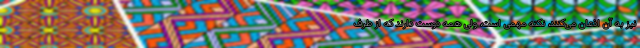
نیز به آن اذعان می‌کنند، نکته مهمی است، ولی همه دوست دارند که از طرف